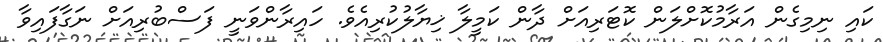
ކައި ނިމިގެން އަރާމުކޮށްލަން ކޮޓަރިއަށް ދާން ކަމީލާ ޚިޔާލުކުރިއެވެ. ހައިރާންވަނީ ފަސްބުރިއަށް ނަގާފައިވާ